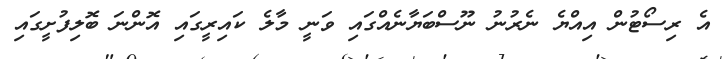
އެ ރިސޯޓުން އިއްޔެ ނެރުނު ނޫސްބަޔާނެއްގައި ވަނީ މާލެ ކައިރީގައި އޮންނަ ބޮލިފުށީގައި